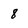
Character: 8